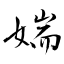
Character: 媏